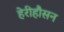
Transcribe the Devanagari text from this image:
हेरीहौसन